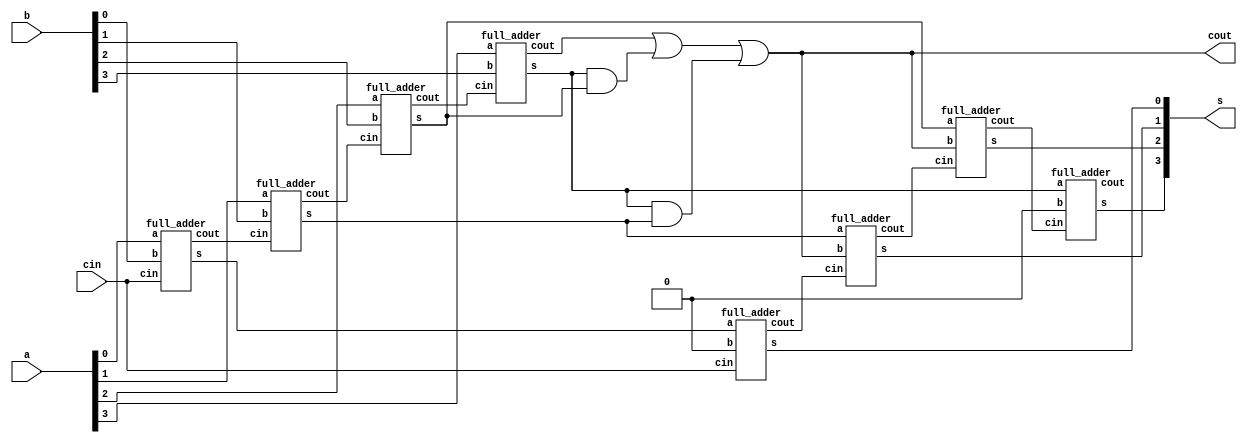
module bcd_adder (output [3:0] s , output cout , input [3:0] a , b , input cin);

wire [4:1] c;
wire [3:0] s1;


full_adder f1(s1[0],c[1],a[0],b[0],cin);
full_adder f2(s1[1],c[2],a[1],b[1],c[1]);
full_adder f3(s1[2],c[3],a[2],b[2],c[2]);
full_adder f4(s1[3],c[4],a[3],b[3],c[3]);
 
wire [3:0] b1;
wire s3s2,s3s1;

and(s3s2,s1[3],s1[2]);
and(s3s1,s1[3],s1[1]);
or(cout,c[4],s3s2,s3s1);

and(b1[3],0);
buf(b1[2],cout);
buf(b1[1],cout);
and(b1[0],0);

wire [4:1] c1;

full_adder f5(s[0],c1[1],s1[0],b1[0],cin);
full_adder f6(s[1],c1[2],s1[1],b1[1],c1[1]);
full_adder f7(s[2],c1[3],s1[2],b1[2],c1[2]);
full_adder f8(s[3],c1[4],s1[3],b1[3],c1[3]);


endmodule

module bcd_adder_test;
 reg [3:0] a,b;
 reg cin;
 wire [3:0] s;
 wire cout;
 bcd_adder ba(.s(s), .cout(cout), .a(a) , .b(b), .cin(cin));

 initial
 begin
 a = 4'b0000 ; b = 4'b0000 ; cin=1'b0 ;
 #100;
 a = 4'b0001 ; b = 4'b0000 ; cin=1'b0 ;
 #100;
 a = 4'b0001 ; b = 4'b0001 ; cin=1'b0 ;
 #100;
  a = 4'b0001 ; b = 4'b0011 ; cin=1'b0 ;
 #100;
 a = 4'b0010 ; b = 4'b0010 ; cin=1'b0 ;
 #100;
 a = 4'b0010 ; b = 4'b0011 ; cin=1'b0 ;
 #100;
 a = 4'b0011 ; b = 4'b0011 ; cin=1'b0 ;
 #100;
  a = 4'b0100 ; b = 4'b0011 ; cin=1'b0 ;
 #100;
 a = 4'b0101 ; b = 4'b0011 ; cin=1'b0 ;
 #100;
 a = 4'b0101 ; b = 4'b0101 ; cin=1'b0 ;
 #100;
 a = 4'b0111 ; b = 4'b0001 ; cin=1'b0 ;
 #100;
 a = 4'b0111 ; b = 4'b1100 ; cin=1'b0 ;
 #100;
 end

endmodule




module full_adder(output s,cout,input a,b,cin);

wire w1,w2,w3;
half_adder h1(w1,w2,a,b);
half_adder h2(s,w3,cin,w1);
or(cout,w2,w3);

endmodule 


module half_adder(output s,cout,input a,b);

xor(s,a,b);
and(cout,a,b);

endmodule